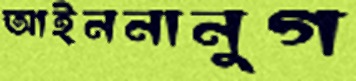
আইননানুগ